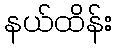
နယ်ထိန်း